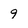
Character: 9